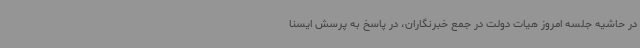
در حاشیه جلسه امروز هیات دولت در جمع خبرنگاران، در پاسخ به پرسش ایسنا